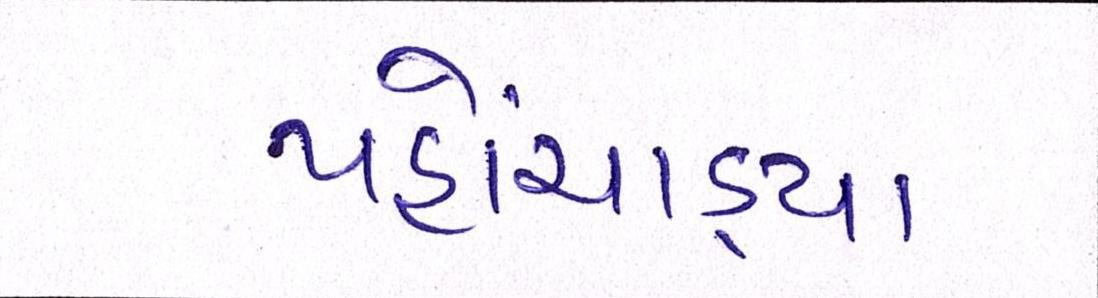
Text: પહોંચાડ્યા